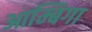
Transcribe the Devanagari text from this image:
आम्बिगा